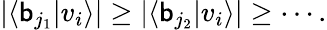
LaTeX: \left|\left\langle\mathsf{b}_{j_{1}}|v_{i}\right\rangle\right|\geq\left|\left\langle\mathsf{b}_{j_{2}}|v_{i}\right\rangle\right|\geq\cdots.